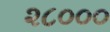
૨૮૦૦૦